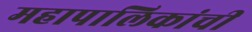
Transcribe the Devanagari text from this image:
महापालिकांची